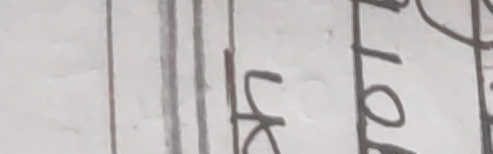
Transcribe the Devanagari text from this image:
लेक